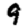
Digit: 9